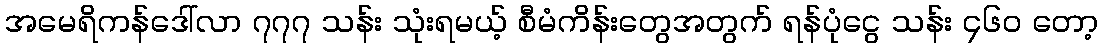
အမေရိကန်ဒေါ်လာ ၇၇၇ သန်း သုံးရမယ့် စီမံကိန်းတွေအတွက် ရန်ပုံငွေ သန်း ၄၆၀ တော့